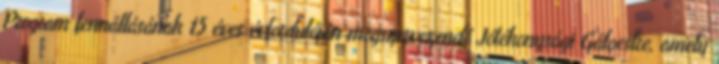
Program fennállásának 15 éves évfordulóján megszervezendő Jótékonysági Gálaestre, amely